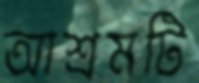
আশ্রমটি